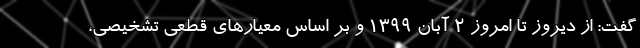
گفت: از دیروز تا امروز ۲ آبان ۱۳۹۹ و بر اساس معیارهای قطعی تشخیصی،